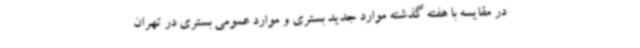
در مقایسه با هفته گذشته موارد جدید بستری و موارد عمومی بستری در تهران